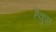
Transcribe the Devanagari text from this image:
हैकुछ